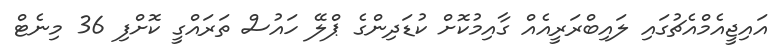
އައިޖީއެމްއެޗުގައި ލައިބްރަރީއެއް ގާއިމުކޮށް ކުޑަދިންގެ ޕްލޭ ހައުސް ތަރައްގީ ކޮށްފި 36 މިނެޓް